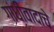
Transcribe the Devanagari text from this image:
गांधीवादाचे